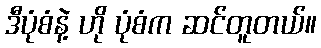
ဒီပုံစံနဲ့ ဟို ပုံစံက ဆင်တူတယ်။